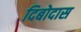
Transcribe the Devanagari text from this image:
दिबोदास